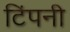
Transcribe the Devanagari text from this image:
टिंपनी